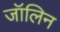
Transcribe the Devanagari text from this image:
जॉलिन